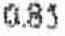
0.85